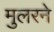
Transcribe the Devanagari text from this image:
मुलरने